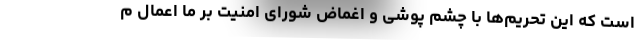
است که این تحریم‌ها با چشم پوشی و اغماض شورای امنیت بر ما اعمال م